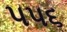
૫૫૬